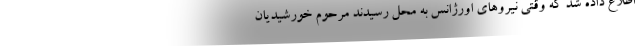
اطلاع داده شد که وقتی نیروهای اورژانس به محل رسیدند مرحوم خورشیدیان